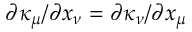
\partial \kappa _ { \mu } / \partial x _ { \nu } = \partial \kappa _ { \nu } / \partial x _ { \mu }